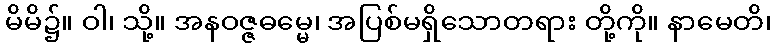
မိမိ၌။ ဝါ၊ သို့။ အနဝဇ္ဇဓမ္မေ၊ အပြစ်မရှိသောတရား တို့ကို။ နာမေတိ၊